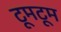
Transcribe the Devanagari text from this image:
टूमटूम